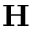
\textbf { H }